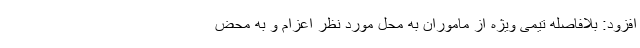
افزود: بلافاصله تیمی ویژه از ماموران به محل مورد نظر اعزام و به محض